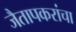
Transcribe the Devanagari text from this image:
जैतापकरांचा